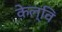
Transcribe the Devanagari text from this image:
केल्वि